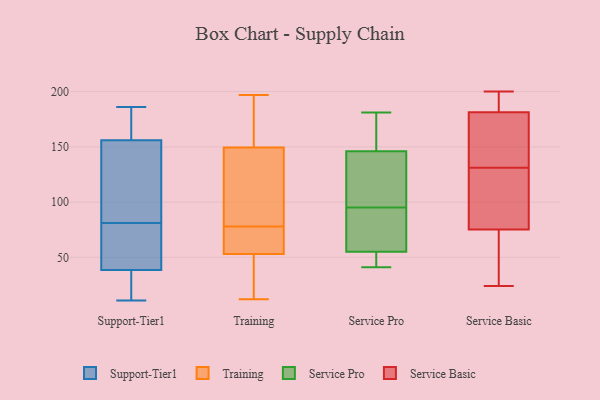
{"axis": {"x": "Market Share (%)", "y": "Value"}, "legend": ["Service Basic", "Service Pro", "Support-Tier1", "Training"], "data": [{"x": "", "y": 27, "type": "Support-Tier1"}, {"x": "", "y": 110, "type": "Support-Tier1"}, {"x": "", "y": 166, "type": "Support-Tier1"}, {"x": "", "y": 168, "type": "Support-Tier1"}, {"x": "", "y": 75, "type": "Support-Tier1"}, {"x": "", "y": 19, "type": "Support-Tier1"}, {"x": "", "y": 186, "type": "Support-Tier1"}, {"x": "", "y": 87, "type": "Support-Tier1"}, {"x": "", "y": 143, "type": "Support-Tier1"}, {"x": "", "y": 184, "type": "Support-Tier1"}, {"x": "", "y": 166, "type": "Support-Tier1"}, {"x": "", "y": 11, "type": "Support-Tier1"}, {"x": "", "y": 28, "type": "Support-Tier1"}, {"x": "", "y": 139, "type": "Support-Tier1"}, {"x": "", "y": 26, "type": "Support-Tier1"}, {"x": "", "y": 52, "type": "Support-Tier1"}, {"x": "", "y": 146, "type": "Support-Tier1"}, {"x": "", "y": 49, "type": "Support-Tier1"}, {"x": "", "y": 57, "type": "Support-Tier1"}, {"x": "", "y": 72, "type": "Support-Tier1"}, {"x": "", "y": 146, "type": "Training"}, {"x": "", "y": 40, "type": "Training"}, {"x": "", "y": 56, "type": "Training"}, {"x": "", "y": 84, "type": "Training"}, {"x": "", "y": 52, "type": "Training"}, {"x": "", "y": 78, "type": "Training"}, {"x": "", "y": 197, "type": "Training"}, {"x": "", "y": 150, "type": "Training"}, {"x": "", "y": 16, "type": "Training"}, {"x": "", "y": 154, "type": "Training"}, {"x": "", "y": 180, "type": "Training"}, {"x": "", "y": 12, "type": "Training"}, {"x": "", "y": 67, "type": "Training"}, {"x": "", "y": 148, "type": "Training"}, {"x": "", "y": 60, "type": "Training"}, {"x": "", "y": 51, "type": "Service Pro"}, {"x": "", "y": 181, "type": "Service Pro"}, {"x": "", "y": 133, "type": "Service Pro"}, {"x": "", "y": 146, "type": "Service Pro"}, {"x": "", "y": 96, "type": "Service Pro"}, {"x": "", "y": 152, "type": "Service Pro"}, {"x": "", "y": 41, "type": "Service Pro"}, {"x": "", "y": 55, "type": "Service Pro"}, {"x": "", "y": 60, "type": "Service Pro"}, {"x": "", "y": 94, "type": "Service Pro"}, {"x": "", "y": 24, "type": "Service Basic"}, {"x": "", "y": 189, "type": "Service Basic"}, {"x": "", "y": 64, "type": "Service Basic"}, {"x": "", "y": 200, "type": "Service Basic"}, {"x": "", "y": 61, "type": "Service Basic"}, {"x": "", "y": 116, "type": "Service Basic"}, {"x": "", "y": 182, "type": "Service Basic"}, {"x": "", "y": 179, "type": "Service Basic"}, {"x": "", "y": 173, "type": "Service Basic"}, {"x": "", "y": 131, "type": "Service Basic"}, {"x": "", "y": 109, "type": "Service Basic"}]}